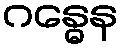
ဂန္ဓေန